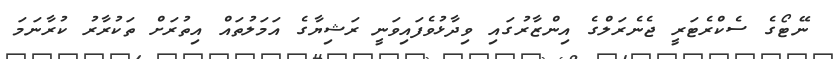
ނޭޓޯގެ ސެކްރެޓަރީ ޖެނެރަލްގެ އިންޒާރުގައި ވިދާޅުވެފައިވަނީ ރަޝިޔާގެ އަމަލުތައް އިތުރަށް ތަކުރާރު ކުރާނަމަ